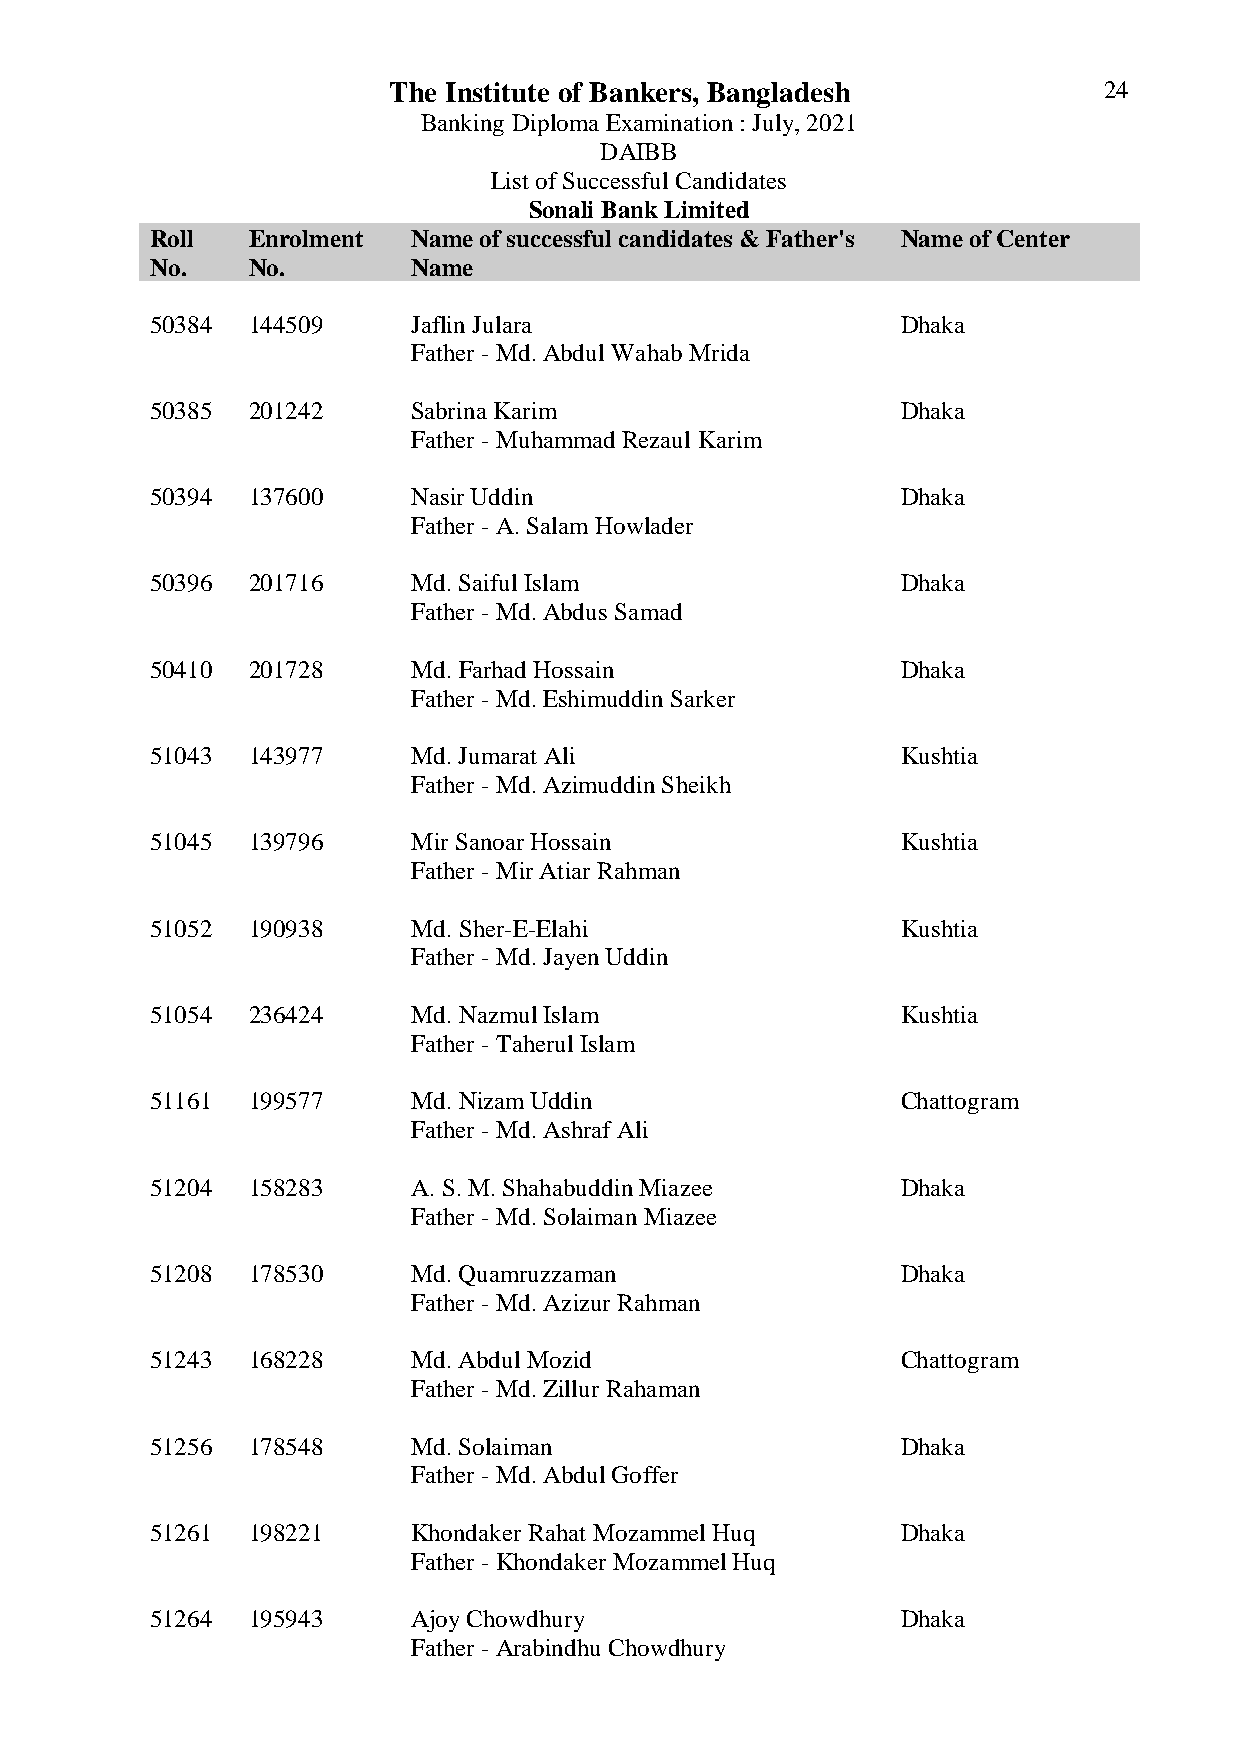
The Institute of Bankers, Bangladesh           24
 Banking Diploma Examination : July, 2021
 DAIBB
 List of Successful Candidates
 Sonali Bank Limited
 Roll  Enrolment  Name of successful candidates & Father's Name of Center
 No.   No.        Name
 50384 144509     Jaflin Julara                    Dhaka
 Father - Md. Abdul Wahab Mrida
 50385 201242     Sabrina Karim                    Dhaka
 Father - Muhammad Rezaul Karim
 50394 137600     Nasir Uddin                      Dhaka
 Father - A. Salam Howlader
 50396 201716     Md. Saiful Islam                 Dhaka
 Father - Md. Abdus Samad
 50410 201728     Md. Farhad Hossain               Dhaka
 Father - Md. Eshimuddin Sarker
 51043 143977     Md. Jumarat Ali                  Kushtia
 Father - Md. Azimuddin Sheikh
 51045 139796     Mir Sanoar Hossain               Kushtia
 Father - Mir Atiar Rahman
 51052 190938     Md. Sher-E-Elahi                 Kushtia
 Father - Md. Jayen Uddin
 51054 236424     Md. Nazmul Islam                 Kushtia
 Father - Taherul Islam
 51161 199577     Md. Nizam Uddin                  Chattogram
 Father - Md. Ashraf Ali
 51204 158283     A. S. M. Shahabuddin Miazee      Dhaka
 Father - Md. Solaiman Miazee
 51208 178530     Md. Quamruzzaman                 Dhaka
 Father - Md. Azizur Rahman
 51243 168228     Md. Abdul Mozid                  Chattogram
 Father - Md. Zillur Rahaman
 51256 178548     Md. Solaiman                     Dhaka
 Father - Md. Abdul Goffer
 51261 198221     Khondaker Rahat Mozammel Huq     Dhaka
 Father - Khondaker Mozammel Huq
 51264 195943     Ajoy Chowdhury                   Dhaka
 Father - Arabindhu Chowdhury